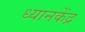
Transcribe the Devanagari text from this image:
ध्यानकेंद्र